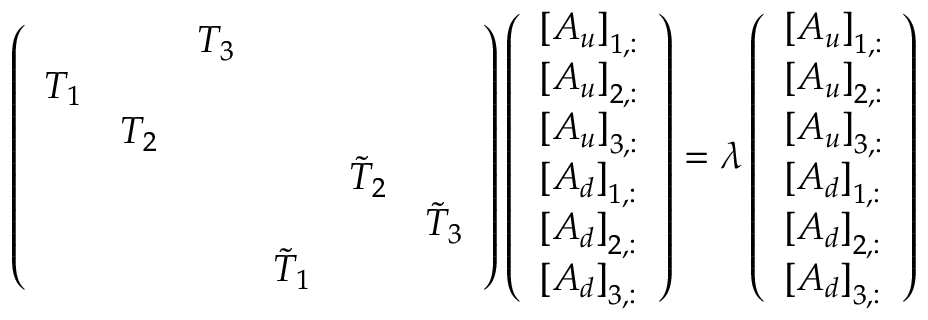
\left( \begin{array} { l l l l l l } & & { T _ { 3 } } & & & \\ { T _ { 1 } } & & & & & \\ & { T _ { 2 } } & & & & \\ & & & & { \tilde { T } _ { 2 } } & \\ & & & & & { \tilde { T } _ { 3 } } \\ & & & { \tilde { T } _ { 1 } } & & \end{array} \right) \left( \begin{array} { l } { \left[ A _ { u } \right] _ { 1 , : } } \\ { \left[ A _ { u } \right] _ { 2 , : } } \\ { \left[ A _ { u } \right] _ { 3 , : } } \\ { \left[ A _ { d } \right] _ { 1 , : } } \\ { \left[ A _ { d } \right] _ { 2 , : } } \\ { \left[ A _ { d } \right] _ { 3 , : } } \end{array} \right) = \lambda \left( \begin{array} { l } { \left[ A _ { u } \right] _ { 1 , : } } \\ { \left[ A _ { u } \right] _ { 2 , : } } \\ { \left[ A _ { u } \right] _ { 3 , : } } \\ { \left[ A _ { d } \right] _ { 1 , : } } \\ { \left[ A _ { d } \right] _ { 2 , : } } \\ { \left[ A _ { d } \right] _ { 3 , : } } \end{array} \right)